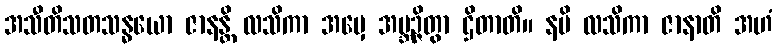
အသီတိသတသန္ဓယော ဇာနန္တိ လသိကာ အမှေ အဗ္ဘဉ္ဇိတွာ ဌိတာတိ။ နပိ လသိကာ ဇာနာတိ အဟံ